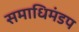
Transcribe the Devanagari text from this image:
समाधिमंडप